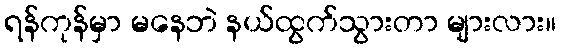
ရန်ကုန်မှာ မနေဘဲ နယ်ထွက်သွားတာ များလား။